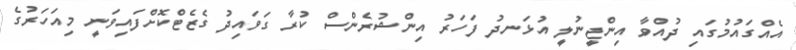
އެއްގައުމުގައި ދުއްވާ އިންޖީނުލީ އުޅަނދު ފަހަރު އިންޝުރެންސް ކުރާ ގަވައިދު ގެޒެޓްކޮށްފައިވަނީ މިއަހަރުގެ